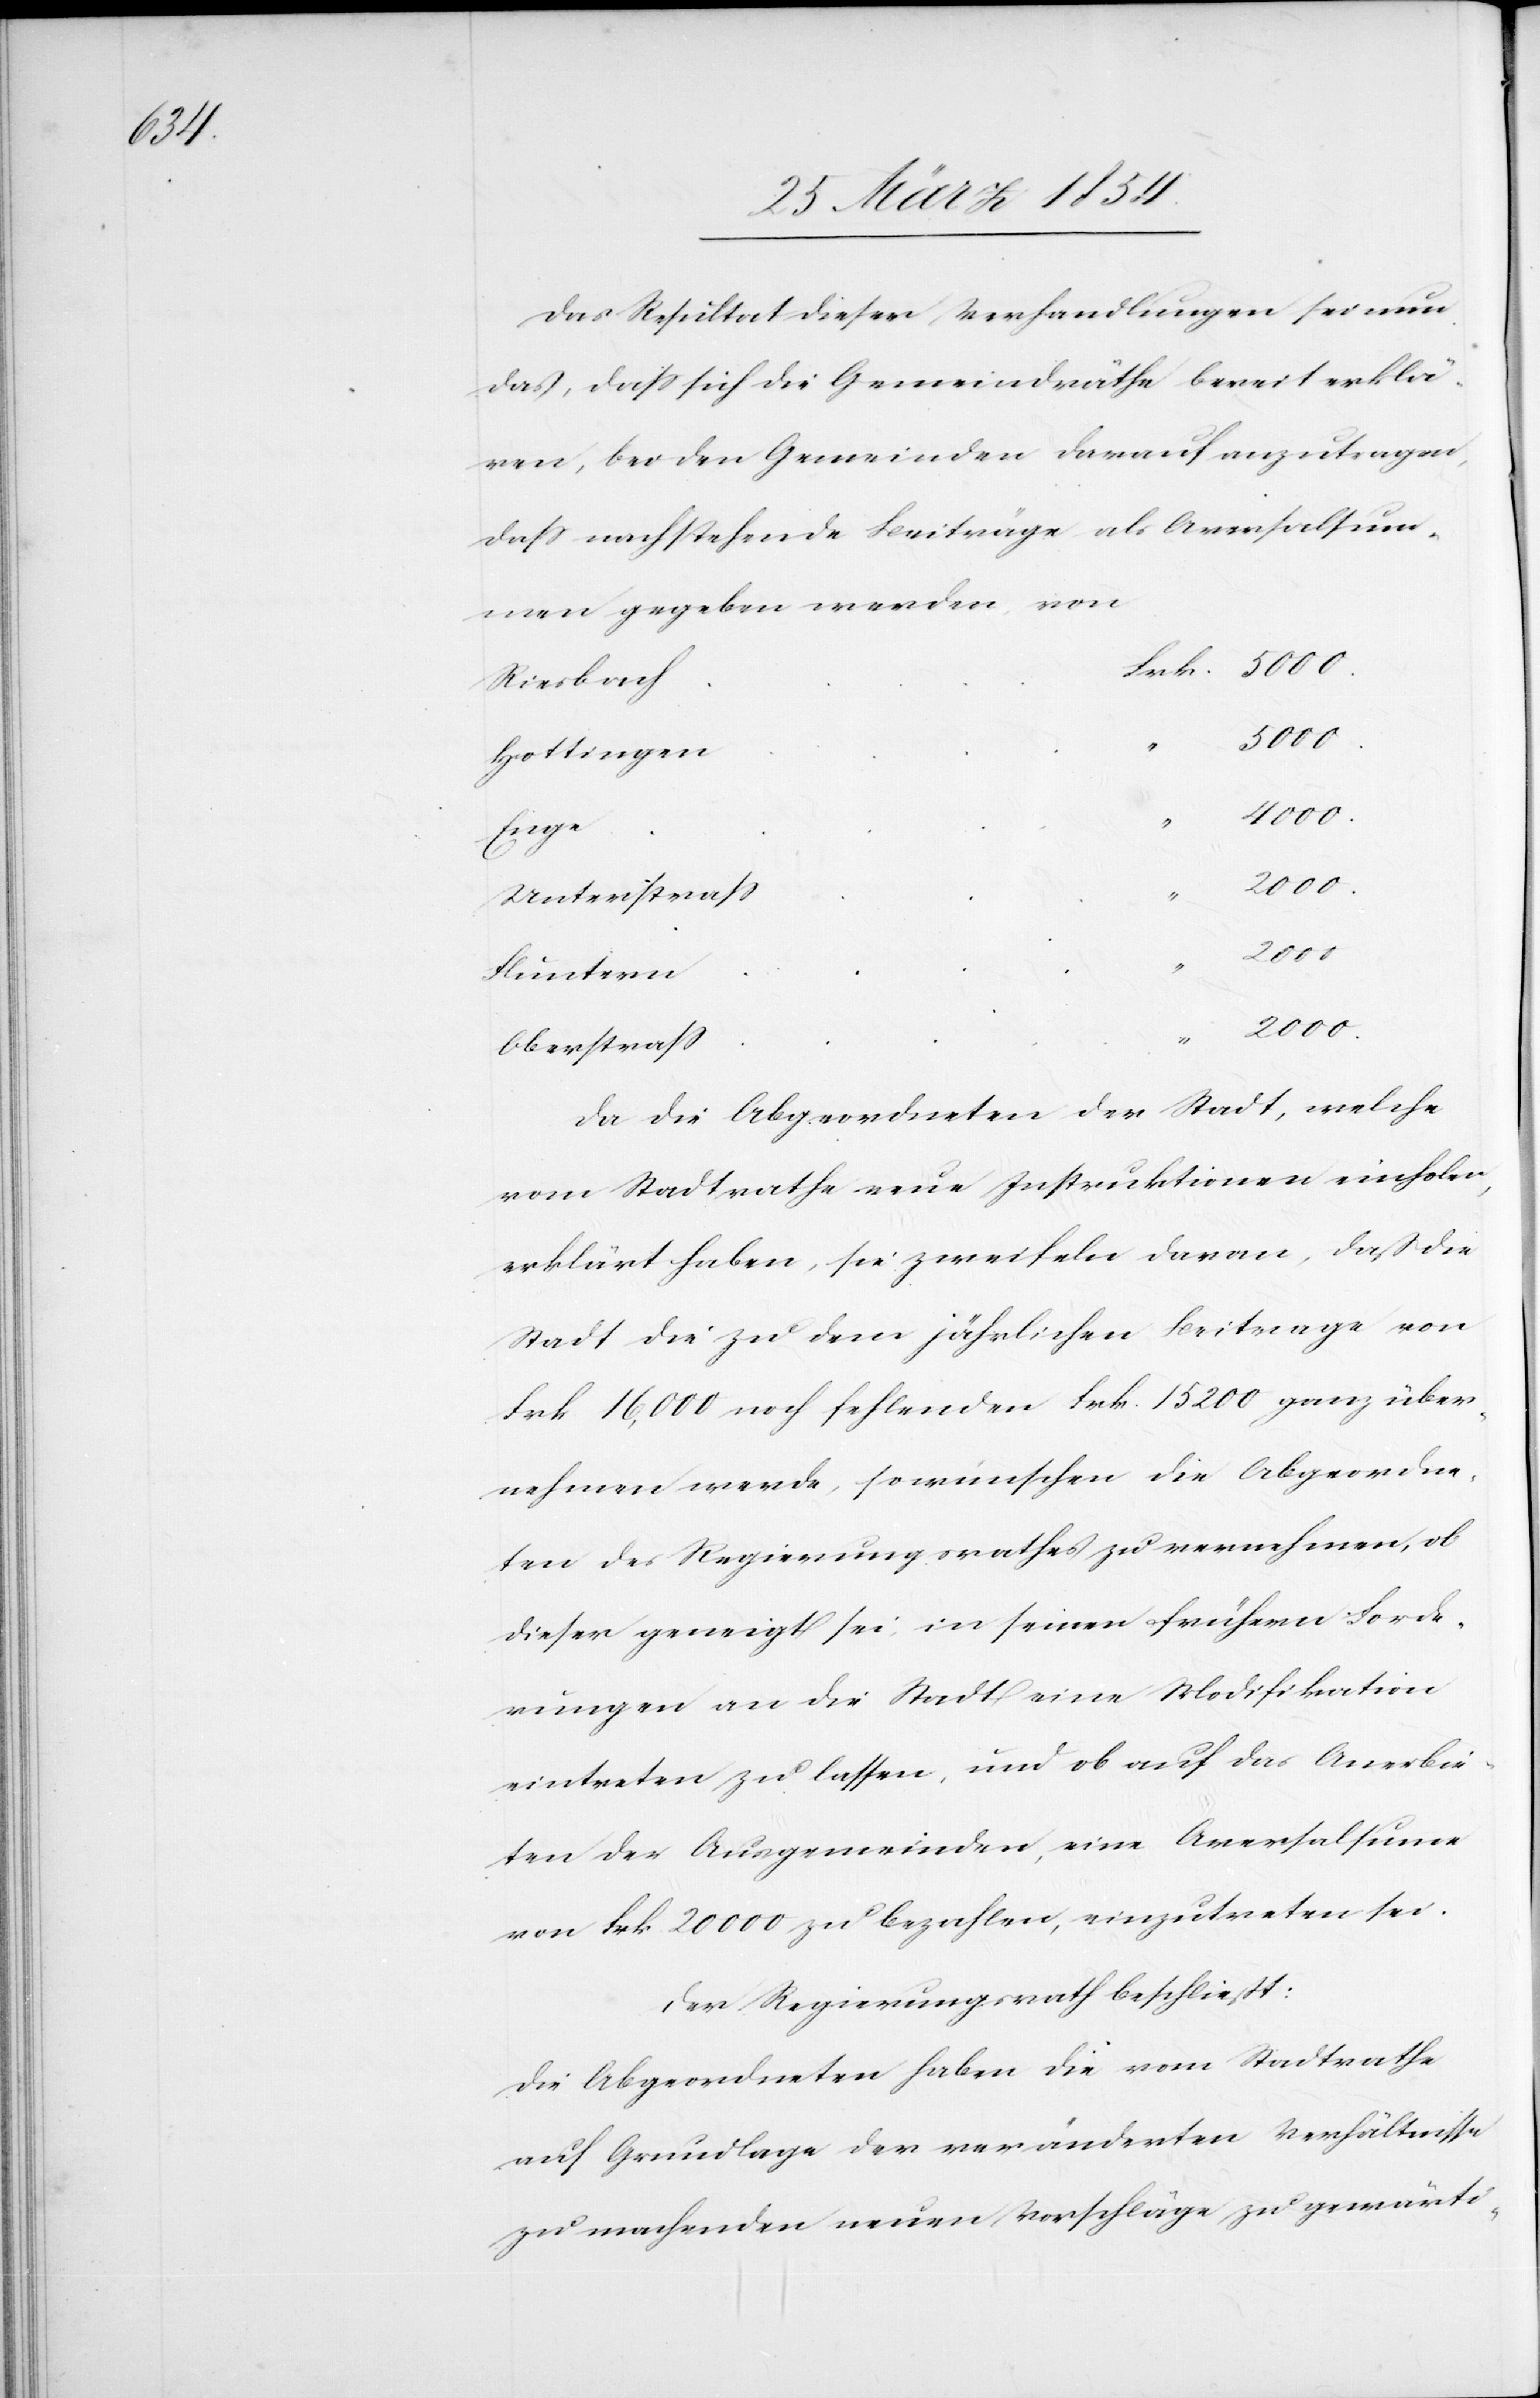
Das Resultat dieser Verhandlungen sei nun
das, daß sich die Gemeindräthe bereit erklä¬
ren, bei den Gemeinden darauf anzutragen,
daß nachstehende Beiträge als Aversalsum¬
me gegeben werden, von
Riesbach
5000.
Hottingen
Enge
4000.
Unterstraß
2000.
Fluntern
2000.
Oberstraß
Da die Abgeordneten der Stadt, welche
vom Stadtrathe neue Instruktionen einholen,
erklärt haben, sie zweifeln daran, daß die
Stadt die zu dem jährlichen Beitrage von
Frk 16,000 noch fehlenden Frk. 15 200 ganz über¬
nehmen werde, so wünschen die Abgeordne¬
ten des Regierungsrathes zu vernehmen, ob
dieser geneigt sei, in seinen frühern Forde¬
rungen an die Stadt eine Modifikation
eintreten zu lassen, und ob auf das anerbie¬
ten der Ausgemeinde, eine Aversalsumme
von Frk 20 000 zu bezahlen, einzutreten sei.
Der Regierungsrath beschließt:
Die Abgeordneten haben die vom Stadtrathe
auf Grundlage der veränderten Verhältnisse
zu machenden neuen Vorschläge zu gewärti-